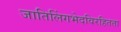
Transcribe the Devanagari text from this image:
जातिलिंगभेदविरहितता